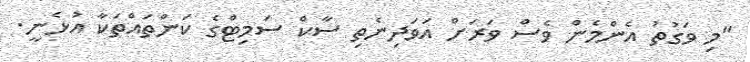
"މި ވަގުތު އެންމެން ވެސް ވަރަށް އަވަދިނެތި ސާކް ސަމިޓްގެ ކަންތައްތަކާ އުޅެނީ.